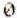
0